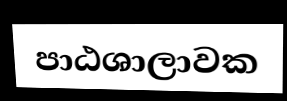
පාඨශාලාවක